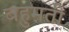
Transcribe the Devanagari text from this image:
बहुमती